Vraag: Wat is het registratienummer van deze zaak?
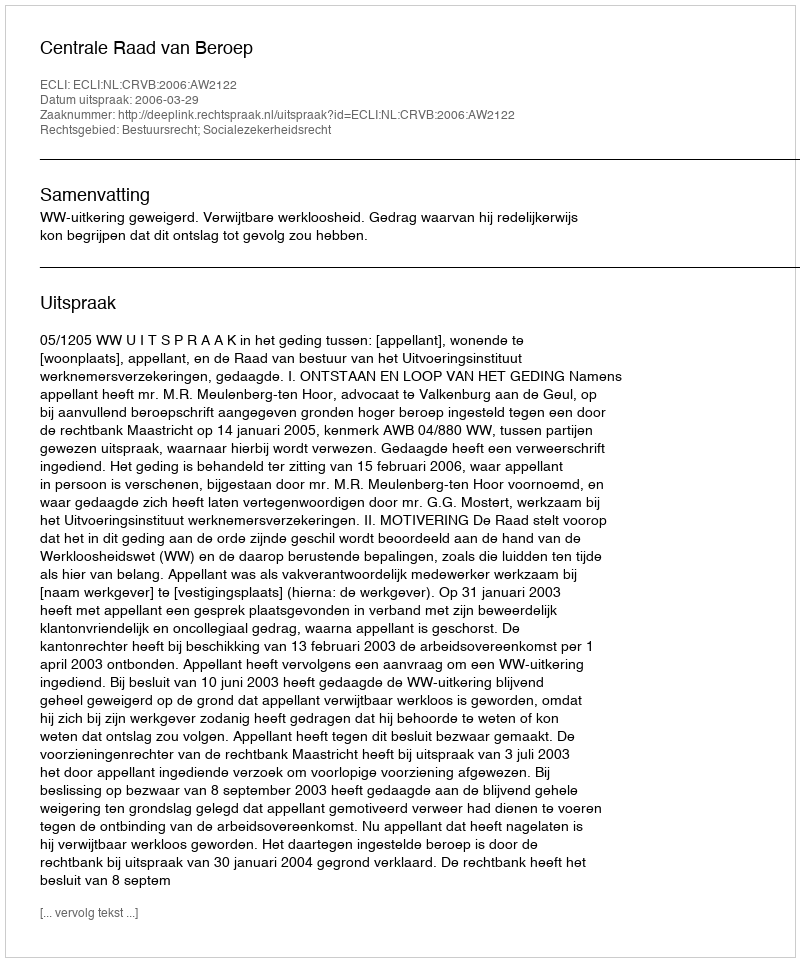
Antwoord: http://deeplink.rechtspraak.nl/uitspraak?id=ECLI:NL:CRVB:2006:AW2122